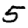
Digit: 5